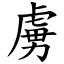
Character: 虜